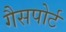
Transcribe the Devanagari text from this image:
गैसपोर्ट